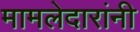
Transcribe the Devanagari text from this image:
मामलेदारांनी